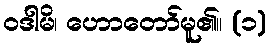
ဝဒါမိ၊ ဟောတော်မူ၏။ (၁)